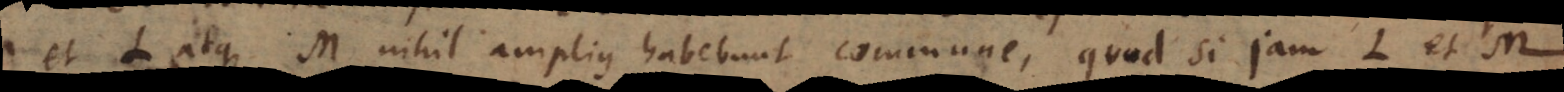
et L atque M nihil amplius habebunt commune, quod si jam L et M